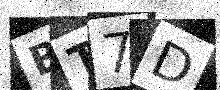
Text: BT7D